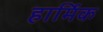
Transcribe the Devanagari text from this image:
हार्मिक